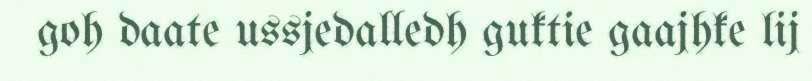
goh daate ussjedalledh guktie gaajhke lij